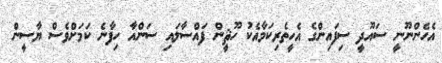
އެހެންނޫނީ ސައޫދީ ސިފައިންގެ އެހީތެރިކަމާއެކު ހޫޘީން ފައްސާލައި ސަންއާ ހިފާނެ ކަމަށްވެސް ޔާސީން